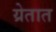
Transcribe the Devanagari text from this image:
य्रेतात